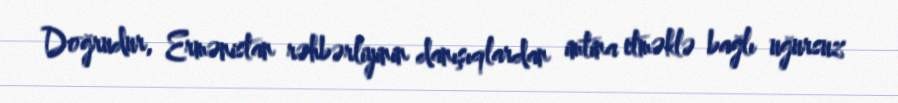
Doğrudur, Ermənistan rəhbərliyinin danışıqlardan imtina etməklə bağlı uğursuz